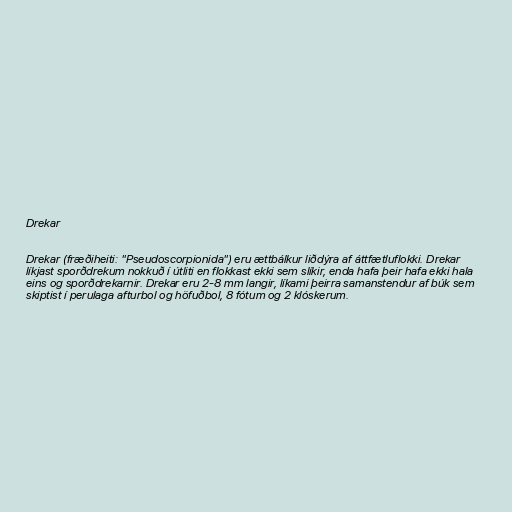
Drekar

Drekar (fræðiheiti: "Pseudoscorpionida") eru ættbálkur liðdýra af áttfætluflokki. Drekar
líkjast sporðdrekum nokkuð í útliti en flokkast ekki sem slíkir, enda hafa þeir hafa ekki hala
eins og sporðdrekarnir. Drekar eru 2-8 mm langir, líkami þeirra samanstendur af búk sem
skiptist í perulaga afturbol og höfuðbol, 8 fótum og 2 klóskerum.